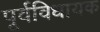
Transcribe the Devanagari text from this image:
पूर्वविधायक